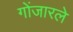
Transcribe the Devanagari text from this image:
गोंजारले